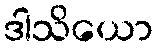
ဒါသိယော